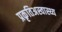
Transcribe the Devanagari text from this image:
प्रकृतिअस्वास्थ्य